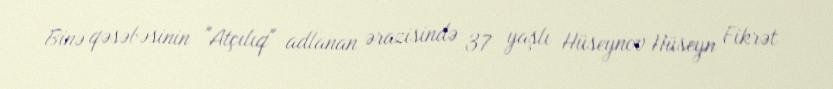
Binə qəsəbəsinin "Atçılıq" adlanan ərazisində 37 yaşlı Hüseynov Hüseyn Fikrət